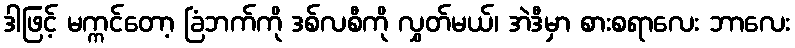
ဒါဖြင့် မက္ကင်တော့ ခြံဘက်ကို ဒစ်လစီကို လွှတ်မယ်၊ အဲဒီမှာ စားစရာလေး ဘာလေး